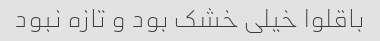
باقلوا خیلی خشک بود و تازه نبود